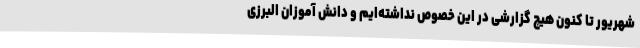
شهریور تا کنون هیچ گزارشی در این خصوص نداشته‌ایم و دانش آموزان البرزی